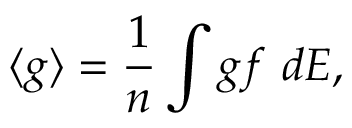
\langle g \rangle = \frac { 1 } { n } \int g f \ d E ,